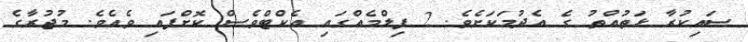
ސައިކުރާ ޅަތުއްތު ގެ އެދުމަކަށެވެ. 2 ފިލްމެއްގައި އެކްޓްވެސް ކޮށްފައި ވެއެވެ. މުޖުރާގެ